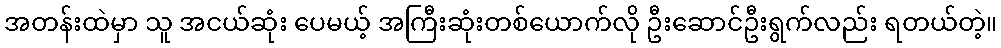
အတန်းထဲမှာ သူ အငယ်ဆုံး ပေမယ့် အကြီးဆုံးတစ်ယောက်လို ဦးဆောင်ဦးရွက်လည်း ရတယ်တဲ့။